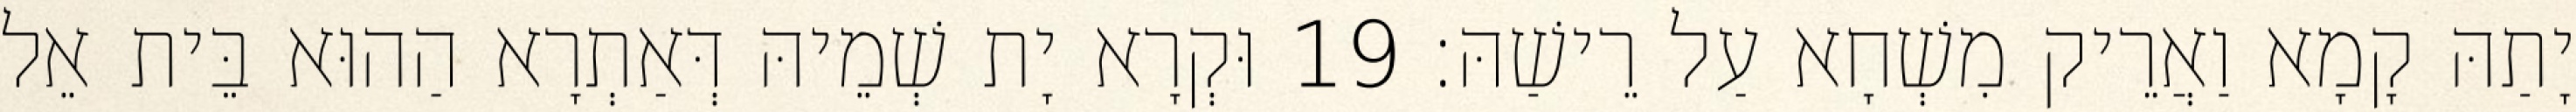
יָתַהּ קָמָא וַאֲרֵיק מִשְׁחָא עַל רֵישַׁהּ׃ 19 וּקְרָא יָת שְׁמֵיהּ דְּאַתְרָא הַהוּא בֵּית אֵל